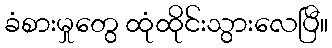
ခံစားမှုတွေ ထုံထိုင်းသွားလေပြီ။